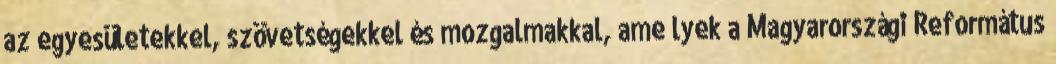
az egyesületekkel, szövetségekkel és mozgalmakkal, ame¬lyek a Magyarországi Református